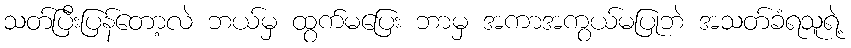
သတ်ပြီးပြန်တော့လဲ ဘယ်မှ ထွက်မပြေး ဘာမှ အကာအကွယ်မပြုဘဲ အသတ်ခံရသူရဲ့